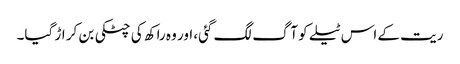
ریت کے اس ٹیلے کو آگ لگ گئی، اور وہ راکھ کی چٹکی بن کر اڑ گیا۔